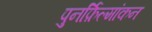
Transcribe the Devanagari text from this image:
पुनर्फ़िल्मांकन